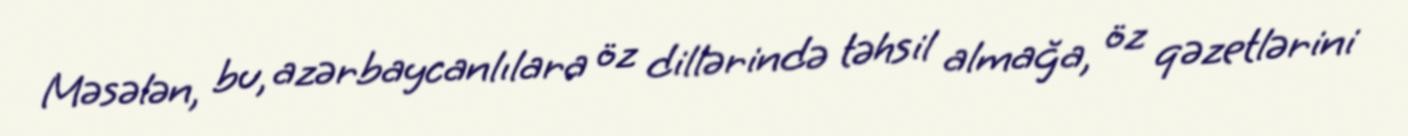
Məsələn, bu, azərbaycanlılara öz dillərində təhsil almağa, öz qəzetlərini